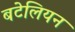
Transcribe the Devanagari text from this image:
बटेलियन